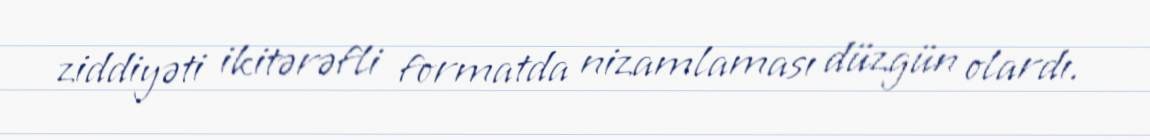
ziddiyəti ikitərəfli formatda nizamlaması düzgün olardı.